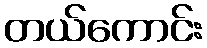
တယ်ကောင်း